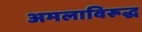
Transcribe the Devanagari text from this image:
अमलाविरूद्ध